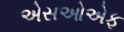
એસઓએફ